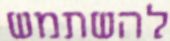
להשתמש